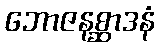
ဘောဇနစ္ဆာဒနံ